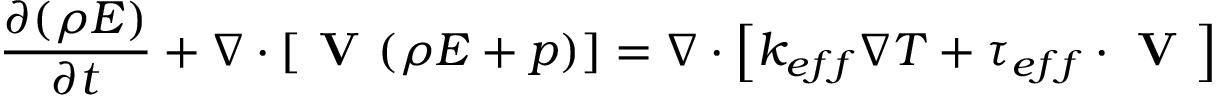
\frac { \partial ( \rho E ) } { \partial t } + \nabla \cdot [ \textbf { V } ( \rho E + p ) ] = \nabla \cdot \left[ k _ { e f f } \nabla T + \tau _ { e f f } \cdot \textbf { V } \right]